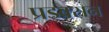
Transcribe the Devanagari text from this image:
प्रडक्सन